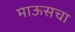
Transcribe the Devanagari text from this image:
माऊसचा